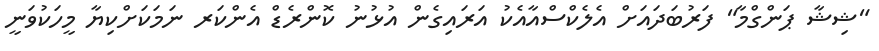
"ޝިޝާ ޕަންގްމާ" ފަރުބަދައަށް އެލެކްސްއާއެކު އަރައިގެން އުޅުނު ކޮންރެޑް އެންކަރ ނަމަކަށްކިޔާ މީހަކުވަނީ